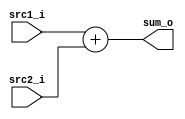
//Subject:     CO project 2 - Adder
//--------------------------------------------------------------------------------
//Version:     1
//--------------------------------------------------------------------------------
//Writer:      Ling Yin-Tao
//----------------------------------------------
//Date:        5/2
//----------------------------------------------
//Description: 0516320
//--------------------------------------------------------------------------------

module Adder(
    src1_i,
	src2_i,
	sum_o
	);
     
//I/O ports
input  [32-1:0]  src1_i;
input  [32-1:0]	 src2_i;
output [32-1:0]	 sum_o;

//Internal Signals
wire    [32-1:0]	 sum_o;

//Parameter
//Main function

assign sum_o = src1_i + src2_i;

endmodule